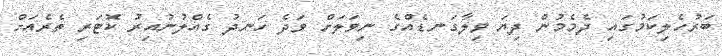
ބަރުހެލިކަމުގައި ދެމެމުން ދިޔަ ވިލާގަނޑެއްގެ ނިވަލަށް ވަދެ ހަނދު ގެއްލުނުއިރު ކޮޓަރި ތެރެއަށް